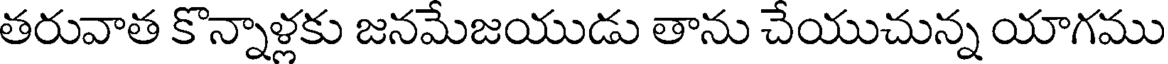
తరువాత కొన్నాళ్లకు జనమేజయుడు తాను చేయుచున్న యాగము